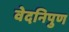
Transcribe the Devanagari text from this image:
वेदनिपुण